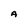
Character: A